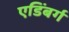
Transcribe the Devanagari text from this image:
एडिंबर्ग